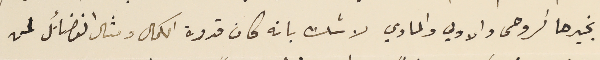
بخيرها الروحى والاولي والمادي لا شك بانه كان قدوة الكمال ومثال الفضائل لمن